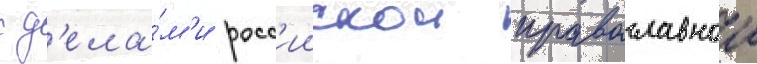
с д'ела́м'и росс'иискои православнои